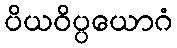
ပိယဝိပ္ပယောဂံ